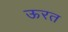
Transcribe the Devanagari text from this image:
ऊरत